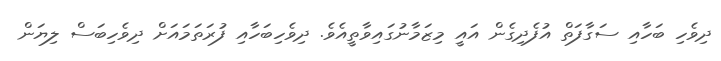
ދިވެހި ބަހާއި ސަގާފަތް އުފެދިގެން އައީ މިޒަމާނުގައިވާތީއެވެ. ދިވެހިބަހާއި ފުރަތަމައަށް ދިވެހިބަސް ލިޔަން